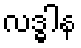
လဒ္ဓါန